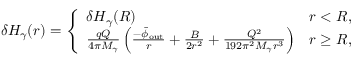
\delta H _ { \gamma } ( r ) = \left\{ \begin{array} { l l } { \delta H _ { \gamma } ( R ) } & { r < R , } \\ { \frac { q Q } { 4 \pi M _ { \gamma } } \left( \frac { - \bar { \phi } _ { \mathrm { o u t } } } { r } + \frac { B } { 2 r ^ { 2 } } + \frac { Q ^ { 2 } } { 1 9 2 \pi ^ { 2 } M _ { \gamma } r ^ { 3 } } \right) } & { r \geq R , } \end{array} \right.